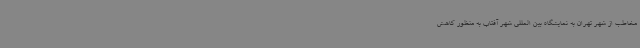
مخاطب از شهر تهران به نمایشگاه بین المللی شهر آفتاب به منظور کاهش